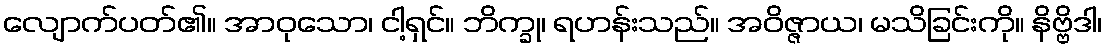
လျောက်ပတ်၏။ အာဝုသော၊ ငါ့ရှင်။ ဘိက္ခု၊ ရဟန်းသည်။ အဝိဇ္ဇာယ၊ မသိခြင်းကို။ နိဗ္ဗိဒါ၊